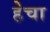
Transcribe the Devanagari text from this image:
हेचा